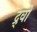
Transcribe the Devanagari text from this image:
द्र्वो